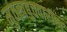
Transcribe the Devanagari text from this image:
मुतख़बुत्तवारीख